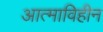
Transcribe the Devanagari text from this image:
आत्माविहीन